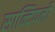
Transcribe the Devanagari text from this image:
सान्दिपनी